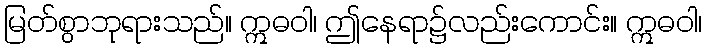
မြတ်စွာဘုရားသည်။ ဣဓဝါ၊ ဤနေရာ၌လည်းကောင်း။ ဣဓဝါ၊